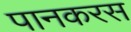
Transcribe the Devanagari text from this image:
पानकरस